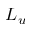
L _ { u }